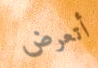
أتعرض